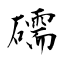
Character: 礝